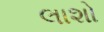
લાશો